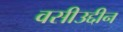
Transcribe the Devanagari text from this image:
वसीउद्दीन